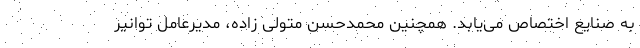
به صنایع اختصاص می‌یابد. همچنین محمدحسن متولی زاده، مدیرعامل توانیر